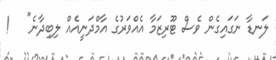
ލަނޑާ ނަގައިގެން ވެސް ޓޫރިޒަމާ އެއްވަރުގެ އާމްދަނީއެއް ލިބިދާނެ"   !